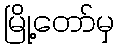
မြို့တော်မှ